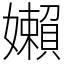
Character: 嬾